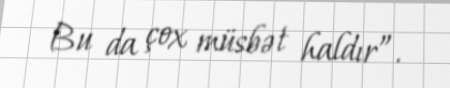
Bu da çox müsbət haldır”.